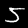
Label: 5